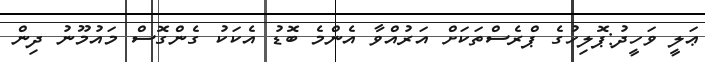
ޢަލީ ވަހީދު:ޕޮލިހުގެ ޕްރެސްތަކަށް އަރުއްވާ އެންމެ ބޮޑު އެކަކު ގެންގޮސް މައުމޫނު ދިން